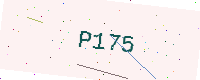
Text: P175